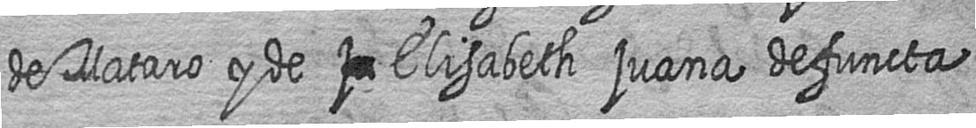
de Mataro y de # Elisabeth juana defuncta